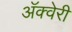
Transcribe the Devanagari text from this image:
अॅक्वेरी